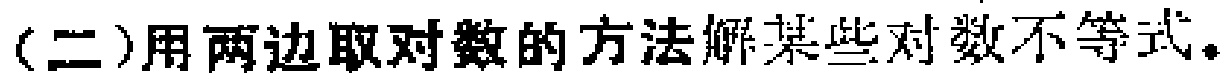
(二)用两边取对数的方法解某些对数不等式。